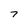
Character: 7